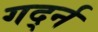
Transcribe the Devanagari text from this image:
गर्द्न